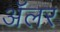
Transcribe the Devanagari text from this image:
ॲलर